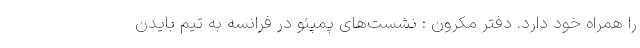
را همراه خود دارد. دفتر مکرون : نشست‌های پمپئو در فرانسه به تیم بایدن